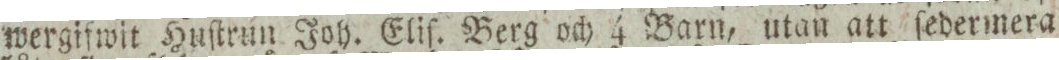
wergifwit Huſtrun Joh. Eliſ. Berg och 4 Barn, utan att ſedermera